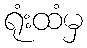
ရုံးထံမှ